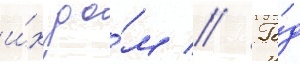
и́х до́м // Го́д